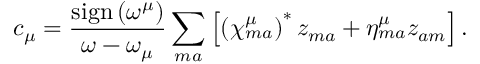
c _ { \mu } = \frac { \mathrm { s i g n } \left( \omega ^ { \mu } \right) } { \omega - \omega _ { \mu } } \sum _ { m a } \left[ \left( \chi _ { m a } ^ { \mu } \right) ^ { * } z _ { m a } + \eta _ { m a } ^ { \mu } z _ { a m } \right] .